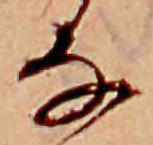
な